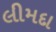
લીમદા